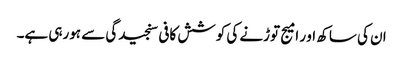
ان کی ساکھ او ر امیج توڑنے کی کوشش کافی سنجیدگی سے ہورہی ہے۔